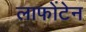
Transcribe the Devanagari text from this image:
लाफोंटेन